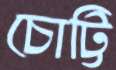
চোট্টি